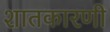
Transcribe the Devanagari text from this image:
शातकारणी